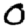
Digit: 0